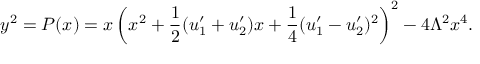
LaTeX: y ^ { 2 } = P ( x ) = x \left( x ^ { 2 } + \frac { 1 } { 2 } ( u _ { 1 } ^ { \prime } + u _ { 2 } ^ { \prime } ) x + \frac { 1 } { 4 } ( u _ { 1 } ^ { \prime } - u _ { 2 } ^ { \prime } ) ^ { 2 } \right) ^ { 2 } - 4 \Lambda ^ { 2 } x ^ { 4 } .